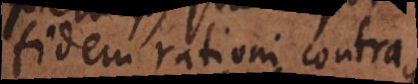
fidem rationi contrariam